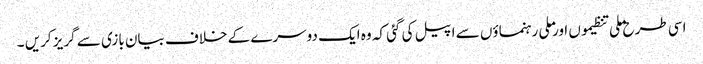
اسی طرح ملی تنظیموں اور ملی رہنماؤں سے اپیل کی گئی کہ وہ ایک دوسرے کے خلاف بیان بازی سے گریز کریں ۔